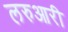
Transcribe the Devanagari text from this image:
लरुआरी